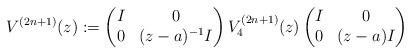
LaTeX: \begin{align*} V^{(2n+1)}(z):= \begin{pmatrix} I & 0 \\ 0 & (z-a)^{-1}I \end{pmatrix} V^{(2n+1)}_4(z) \begin{pmatrix} I & 0 \\ 0 & (z-a)I \end{pmatrix}\end{align*}